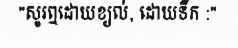
"សូរឮដោយខ្យល់, ដោយទឹក :"